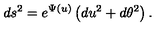
d s ^ { 2 } = e ^ { \Psi ( u ) } \left( d u ^ { 2 } + d \theta ^ { 2 } \right) .